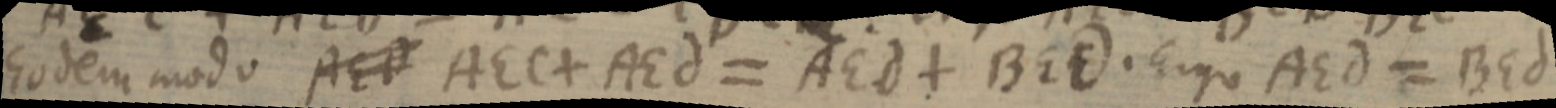
Eodem modo AED AEC + AEd = AEd + BEd. Ergo AEd = BEd